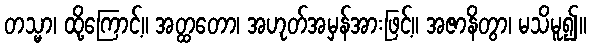
တသ္မာ၊ ထို့ကြောင့်။ အတ္ထတော၊ အဟုတ်အမှန်အားဖြင့်။ အဇာနိတွာ၊ မသိမူ၍။